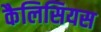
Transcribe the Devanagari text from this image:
कैलिसियस